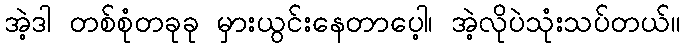
အဲ့ဒါ တစ်စုံတခုခု မှားယွင်းနေတာပေ့ါ၊ အဲ့လိုပဲသုံးသပ်တယ်။